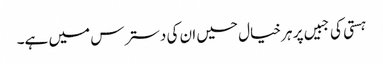
ہستی کی جبیں پر ہر خیال حسیں ان کی دسترس میں ہے۔